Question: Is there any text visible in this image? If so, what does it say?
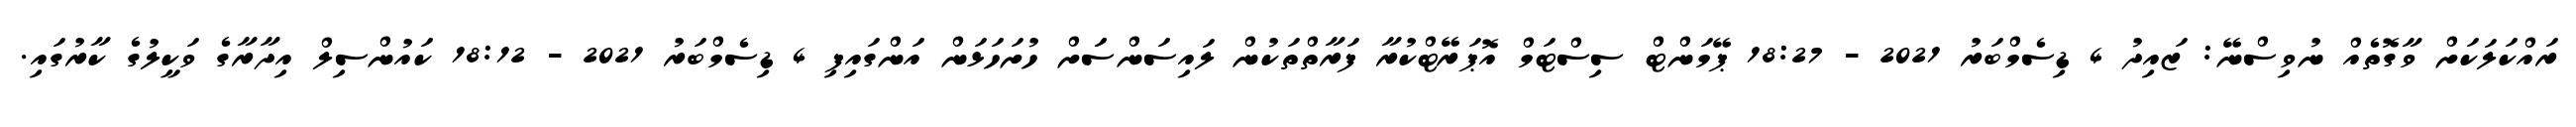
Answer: ރައްކަލަކަށް ވާގޮތެއް ނުވިސްނޭ: ޒައިދު 4 ޑިސެމްބަރު 2021 - 18:27 ޕޭމަންޓް ސިސްޓަމް އޮޕަރޭޓްކުރާ ފަރާތްތަކުން ލައިސަންސަަށް ހުށަހަޅަން އަންގައިފި 4 ޑިސެމްބަރު 2021 - 18:12 ކައުންސިލް އިދާރާގެ ވަކީލުގެ ކާރުގައި.